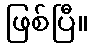
ဖြစ်ပြီ။